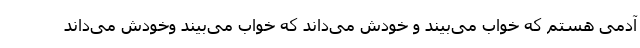
آدمی هستم که خواب می‌بیند و خودش می‌داند که خواب می‌بیند وخودش می‌داند